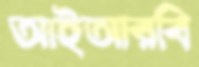
আইআরবি